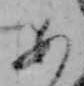
あ